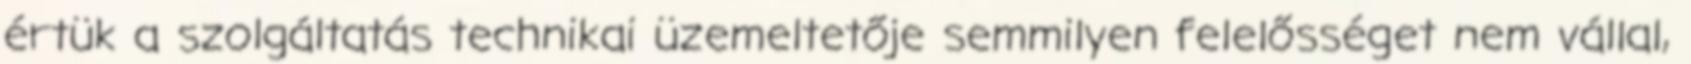
értük a szolgáltatás technikai üzemeltetője semmilyen felelősséget nem vállal,